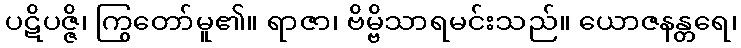
ပဋိပဇ္ဇိ၊ ကြွတော်မူ၏။ ရာဇာ၊ ဗိမ္ဗိသာရမင်းသည်။ ယောဇနန္တရေ၊